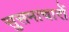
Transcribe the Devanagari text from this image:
सुसमाचारों